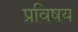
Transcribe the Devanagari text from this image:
प्रविषय